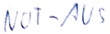
Text: NOT-AUS